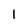
Character: I